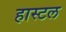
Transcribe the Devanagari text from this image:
हास्टल